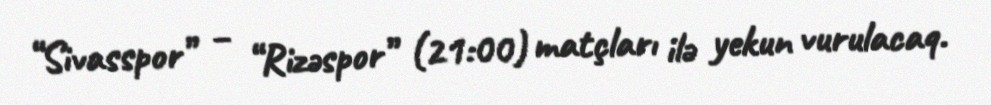
“Sivasspor” – “Rizəspor” (21:00) matçları ilə yekun vurulacaq.